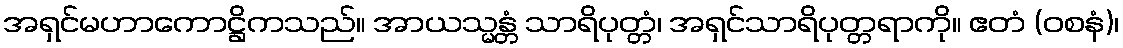
အရှင်မဟာကောဋ္ဌိကသည်။ အာယသ္မန္တံ သာရိပုတ္တံ၊ အရှင်သာရိပုတ္တရာကို။ ဧတံ (ဝစနံ)၊